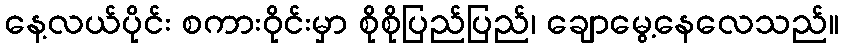
နေ့လယ်ပိုင်း စကားဝိုင်းမှာ စိုစိုပြည်ပြည်၊ ချောမွေ့နေလေသည်။